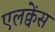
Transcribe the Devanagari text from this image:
एलक्वेंस